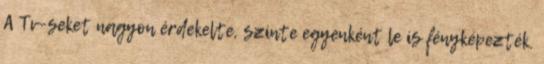
A Tv-seket nagyon érdekelte, szinte egyenként le is fényképezték.